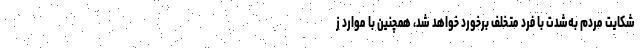
شکایت مردم به‌شدت با فرد متخلف برخورد خواهد شد، همچنین با موارد ز